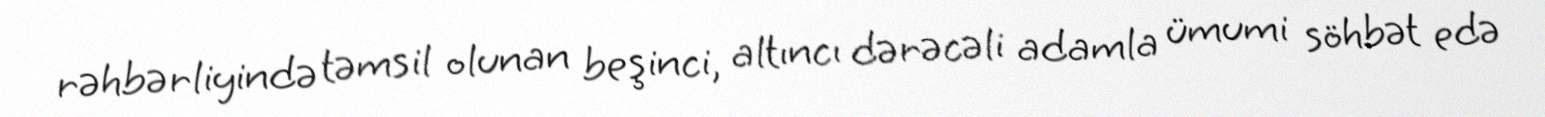
rəhbərliyində təmsil olunan beşinci, altıncı dərəcəli adamla ümumi söhbət edə